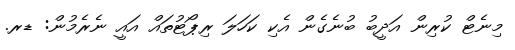
މިނެޓް ކުރިން އަދީބު ބުނެގެން އެކި ކަހަލަ ރިޕޯޓުތައް އައީ ނެރެމުން: ޑރ.